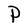
Character: P